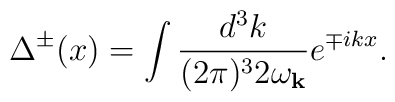
\Delta^{\pm}(x)=\int \frac{d^3k}{(2\pi)^3 2\omega_{{\bf k}}} e^{\mp ikx}  .